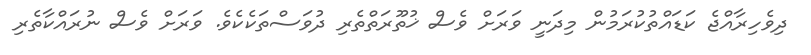
ދިވެހިރާއްޖެ ކަޑައްތުކުރަމުން މިދަނީ ވަރަށް ވެސް ޚުތޫރަތްތެރި ދުވަސްތަކެކެވެ. ވަރަށް ވެސް ނުރައްކާތެރި